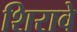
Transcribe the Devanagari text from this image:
शिरावे